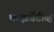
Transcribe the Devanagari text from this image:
कन्झर्वेटीव्ह